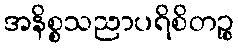
အနိစ္စသညာပရိစိတဉ္စ